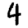
Digit: 4